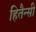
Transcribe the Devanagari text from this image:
हितैन्सी